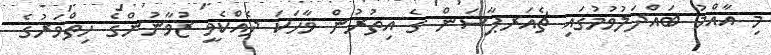
މި އާއްމު ބައްދަލުވުމުގައި ޗެއަރޕާސަން ގެ އިތުރުން ވާހަކަ ދެއްކެވީ ޒުވާނުންގެ ހިތްވަރުގެ